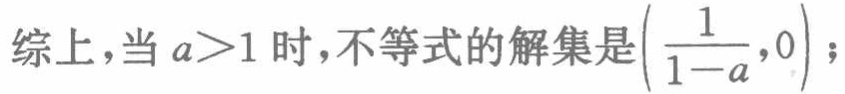
综上，当 \(a>1\) 时，不等式的解集是\(\left(\frac{1}{1 - a},0\right)\)；